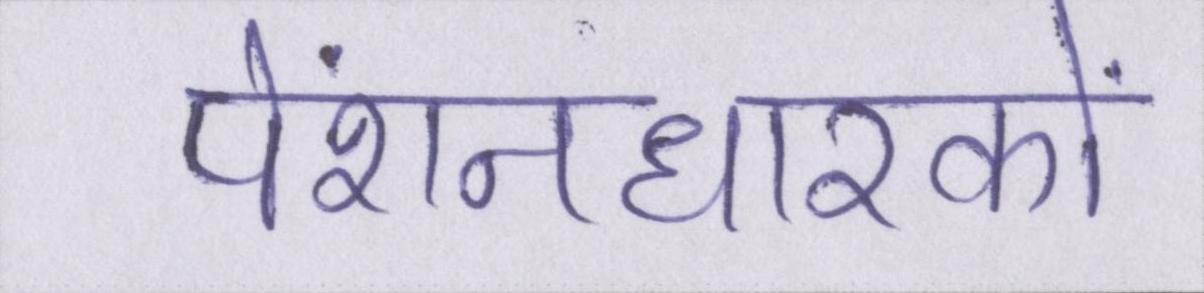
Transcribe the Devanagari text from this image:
पेंशनधारकों